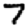
Digit: 7